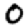
Digit: 0